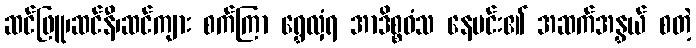
ဆင်ဖြူ၊ဆင်နီ၊ဆင်ကျား စက်ကြာ ရွှေလှံရ အာဒိစ္စဝံသ နေမင်း၏ အဆက်အနွှယ် စတဲ့